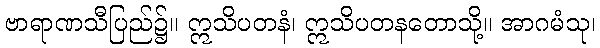
ဗာရာဏသီပြည်၌။ ဣသိပတနံ၊ ဣသိပတနတောသို့။ အာဂမံသု၊